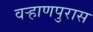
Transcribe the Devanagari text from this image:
वऱ्हाणपुरास